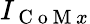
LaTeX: I_{\mathrm{~C~o~M~}x}